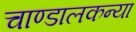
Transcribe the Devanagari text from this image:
चाण्डालकन्या